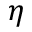
\eta